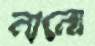
ন্যনো